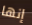
إنها